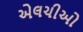
એલચીઓ